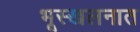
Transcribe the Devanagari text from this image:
भूस्खलनात